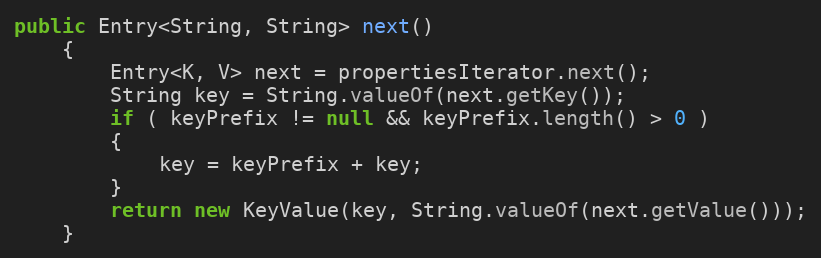
Language: Java
public Entry<String, String> next()
	{
		Entry<K, V> next = propertiesIterator.next();
		String key = String.valueOf(next.getKey());
		if ( keyPrefix != null && keyPrefix.length() > 0 )
		{
			key = keyPrefix + key;
		}
		return new KeyValue(key, String.valueOf(next.getValue()));
	}